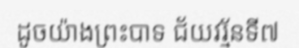
ដូចយ៉ាងព្រះបាទ ជ័យវរ្ម័នទី៧